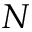
N